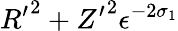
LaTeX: {R^{\prime}}^{2}+{Z^{\prime}}^{2}\le\epsilon^{-2\sigma_{1}}